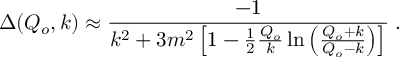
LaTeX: \Delta ( Q _ { o } , k ) \approx { \frac { - 1 } { k ^ { 2 } + 3 m ^ { 2 } \left[ 1 - \frac { 1 } { 2 } { \frac { Q _ { o } } { k } } \ln \left( { \frac { Q _ { o } + k } { Q _ { o } - k } } \right) \right] } } \; .